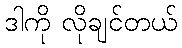
ဒါကို လိုချင်တယ်